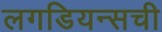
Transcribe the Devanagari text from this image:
लगडियन्सची